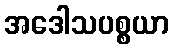
အဒေါသပစ္စယာ